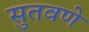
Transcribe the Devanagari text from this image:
सुतवणे